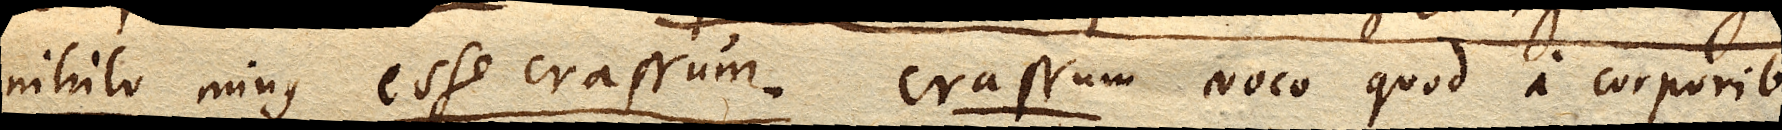
nihilominus esse crassum.Crassum voco quod a corporibus